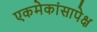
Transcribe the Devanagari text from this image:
एकमेकांसापेक्ष